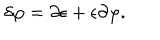
\delta \varphi = \partial \epsilon + \epsilon \partial \varphi .